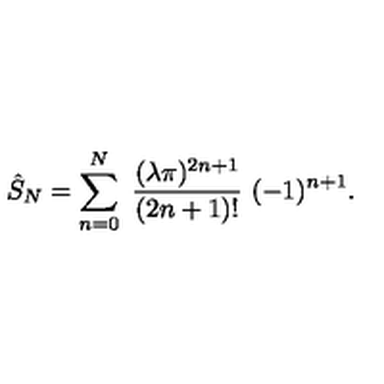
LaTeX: \hat { S } _ { N } = \sum _ { n = 0 } ^ { N } \ { \frac { ( \lambda \pi ) ^ { 2 n + 1 } } { ( 2 n + 1 ) ! } } \ ( - 1 ) ^ { n + 1 } .